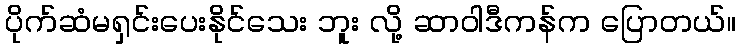
ပိုက်ဆံမရှင်းပေးနိုင်သေး ဘူး လို့ ဆာဝါဒီကန်က ပြောတယ်။